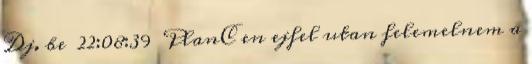
Dj. be 22:08:39 PlanC en ejfel utan felemelnem a